Vital statistics of India. Vol. IV, Annual returns from 1871 to 1876. British Army of India, Native Army and jails of Bengal
Year: 1871
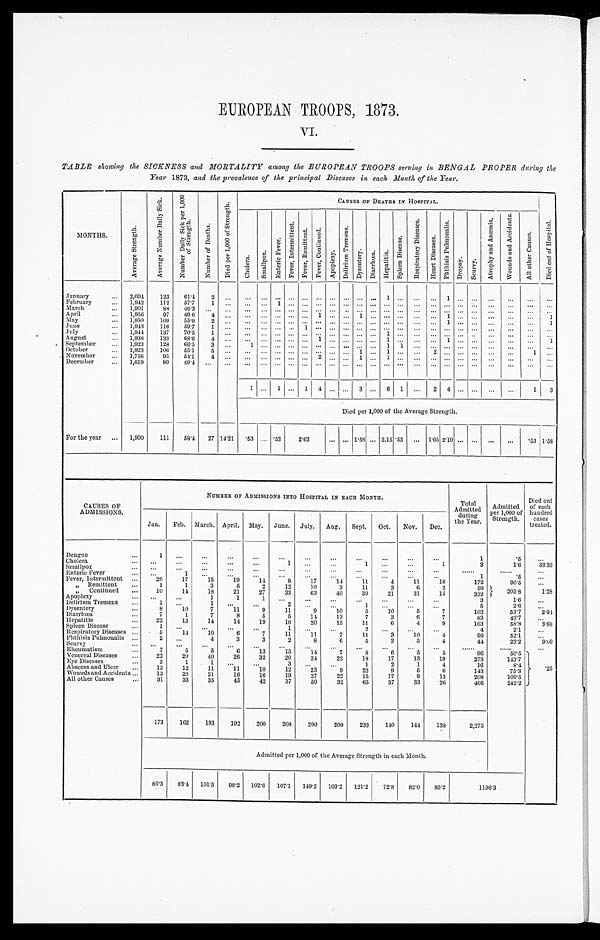
EUROPEAN TROOPS, 1873.
VI
TABLE showing the SICKNESS and MORTALITY among the EUROPEAN TROOPS serving in BENGAL PROPER during the
Year 1873, and the prevalence of the principal Diseases in each Month of the Year.
MONTHS
A v e r a g e S t r e n g t h .
A v e r a g e N u m b e r D a i l y S i c k .
N u m b e r D a i l y S i c k p e r 1 , 0 0 0 o f S t r e n g t h .
N u m b e r o f D e a t h s .
D i e d p e r 1 , 0 0 0 o f S t r e n g t h .
CAUSES OF DEATHS IN HOSPITAL.
C h o l e r a .
S m a l l p o x .
E n t e r i c F e v e r .
F e v e r , I n t e r m i t t e n t .
F e v e r , R e m i t t e n t .
F e v e r , C o n t i n u e d .
A p o p l e x y .
D e l i r i u m T r e m e n s .
Dy s e n t e r y .
D i a r r h œ a .
H e p a t i t i s .
S p l e e n D i s e a s e .
R e s p i r a t o r y D i s e a s e s .
He a r t Di s e a s e s .
P h t h i s i s P u l m o n a l i s .
D r o p s y .
S c u r v y .
A t r o p h y a n d A n æ m i a .
W o u n d s a n d A c c i d e n t s .
A l l o t h e r C a u s e s .
D i e d o u t o f H o s p i t a l .
January . . .
2,004
123
61.4
2
. . .
. . .
. . .
. . .
. . .
. . . . . .
. . .
. . . . . . . . .
1
. . .
. . . . . .
1
. . .
. . . . . .
. . .
. . .
. . .
February . . .
1,942
112
57.7
1
. . .
. . .
. . .
1
. . .
. . .
. . .
. . .
. . .. . .
. . . . . .
. . .
. . . . . .
. . .
. . .
. . . . . .
. . .
. . .
. . .
March . . .
1,901
88
46.3
. . .
. . .
. . .
. . .
. . .
. . .
. . .
. . . . . .
. . . . . .
. . . . . .
. . .
. . .
. . .
. . . . . .
. . .
. . .
. . .
. . .
. . .
April . . .
1,956
97
49.6
4
. . .
. . .
. . .
. . . . . . . . .
1
. . .
. . .1
. . . . . .
. . .
. . . . . .
1
. . .
. . . . . .
. . .
. . .
1
May . . .
1,950
109
55.9
2
. . .
. . .
. . .
. . .
. . .
. . .
. . .
. . .
. . .. . .
. . . . . .
. . .
. . . . . .
1
. . .
. . . . . .
. . .
. . .
1
June . . .
1,943
116
59.7
1
. . .
. . .
. . .
. . .
. . . 1
. . .
. . .
. . .. . .
. . . . . .
. . .
. . . . . .
. . .
. . .
. . . . . .
. . .
. . .
. . .
July . . .
1,944
137
70.5
1
. . .
. . .
. . .
. . . . . . . . . . . . . . . . . . . . . . . . 1
. . .
. . . . . .
. . .
. . .
. . . . . .
. . .
. . .
. . .
August . . .
1,938
133
68.6
4
. . .
. . .
. . .
. . .
. . .
. . .
1
. . .
. . .. . .
. . . 1
. . .
. . . . . .
1
. . . . . .
. . .
. . .
. . .
1
September . . .
1,923
128
66.5
3
. . .
1
. . .
. . .
. . .
. . .
. . .
. . .
. . .. . .
. . . 1
1
. . . . . . . . .
. . . . . .
. . .
. . .
. . .
. . .
October . . .
1,923
106
55.1
5
. . . . . .
. . .
. . .
. . .
. . .
. . .
. . .
. . .1
. . . 1
. . .
. . . 2
. . .
. . . . . .
. . .
. . .
1
. . .
November . . .
1,756
95
54.1
4
. . .
. . .
. . . . . . . . . . . .
2
. . .
. . . 1
. . . 1
. . .
. . . . . . . . . . . .
. . .
. . .
. . .
. . .
. . .
December . . .
1,619
80
49.4
. . .
. . .
. . .
. . .
. . .
. . .
. . .
. . .
. . .
. . .. . .
. . . . . .
. . .
. . .
. . . . . . . . .
. . .
. . .
. . .
. . .
. . .
1
. . .
1
. . .
1
4
. . .
. . .
3
. . . 6
1
. . . 2
4
. . .
. . . . . .
. . .
1
3
Died per 1,000 of the Average Strength.
For the year . . .
1,900
111
58.4
27 14.21
. 53 . . . .53
2.63
. . . . . . . . . 1.58 . . . 3.15 .53
. . . 1.05 2.10 . . . . . .
. . .
. . .
.53 1.58
CAUSES OF
ADMISSIONS.
NUMBER OF ADMISSIONS INTO HOSPITAL IN EACH MONTH.
Total A d m i t t e d d u r i n g t h e y e a r .
Admitted
per 1,000 of
Strength.
Died out
of each
hundred
cases
treated.
Jan.
Feb. March. April. May.
June.
July.
Aug.
Sept.
Oct.
Nov.
Dec.
Dengue . . .
1
. . .
. . .
. . .
. . .
. . .
. . .
. . .
. . .
. . .
. . .
. . .
1
.5
. . .
Cholera . . .
. . .
. . . . . .
. . .
. . .
1
. . . . . .
1 . . .
. . .
1
3
1.6
33.33
Smallpox . . .
. . .
. . . . . .
. . .
. . .
. . .
. . .
. . .
. . .
. . .
. . .
. . .
. . .
. . .
. . .
Enteric Fever . . .
. . .
. . .
. . .
. . .
. . .
. . .
. . .
. . .
. . .
. . .
. . .
. . .
1
.5
. . .
Fever, Intermittent . . .
26
17
15
19
14
8
17
14
1 1
4
11
16
172
90.5
. . .
" Remittent . . .
1
1
3
5
2
12
10
3
11
3
6
2
59
205.8
1.28
" Continued . . .
10
14
18
21
27
33
63
40
39
21
31
15
332
Apoplexy . . .
. . .
. . .
1
1
1
. . .
. . .
. . .
. . .
. . .
. . .
. . .
3
1.6
. . .
Delirium Tremens . . .
1
. . .
1
. . .
. . .
2
. . .
. . .
1
. . .
. . .
. . .
5
2.6
. . .
Dysentery . . .
8
10
7
11
9
11
9
10
5
10
5
7
102
53.7
2.94
Diarrhœa . . .
7
1
7
8
5
5
14
13
7
3
6
7
83
43.7
. . .
Hepatitis . . .
22
13
14
14
19
16
20
15
11
6
4
9
163
58.8
3.68
Spleen Disease . . .
1
. . . . . .
. . .
. . .
1
. . . . . .
2
. . . . . .
. . .
4
2.1
. . .
Respiratory Diseases . . .
5
14
10
6
7
11
11
7
11
3
10
4
99
52.1
. . .
Phthisis Pulmonalis . . .
2
. . .
4
3
3
2
8
6
5
2
5
4
4 4
23.2
9.09
Scurvy . . .
. . .
. . .
. . .
. . .
. . .
. . .
. . .
. . .
. . .
. . .
. . .
. . .
. . .
. . .
. . .
Rheumatism . . .
7
5
5
6
13
15
14
7
8
6
5
5
96
50.5
2 . 5
Venereal Diseases . . .
22
20
40
26
32
20
24
22
18
17
13
19
273
143.7
E y eDi s e a s e s . . .
3
1
1
. . .
. . .
3
. . .
. . .
1
2
1
4
16
8.4
Abscess and Ulcer . . .
13
12
1 1
11
1 0
12
23
9
22
9
5
6
143
75.3
Wounds and Accidents . . .
13
20
21
16
16
19
27
22
15
17
9
13
208
109.5
All other Causes . . .
3 1
33
35
45
42
37
50
32
65
37
33
26
466
245.2
173
162
193
192
200
208
290
200
233
140
144
138
2,273
Admitted per 1,000 of the Average Strength in each Month.
86.3
83.4
101.5
98.2
102.6
107.1
149.2
103.2
121.2
72.8
82.0
85.2
1196.3